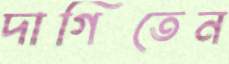
দাগিতেন